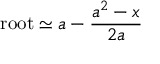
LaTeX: \mathrm { r o o t } \simeq a - { \frac { a ^ { 2 } - x } { 2 a } } \,